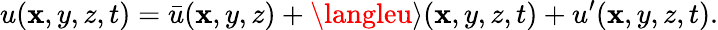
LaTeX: u(\mathbf{x},y,z,t)=\bar{{u}}(\mathbf{x},y,z)+\langleu\rangle(\mathbf{x},y,z,t)+u^{\prime}(\mathbf{x},y,z,t).